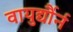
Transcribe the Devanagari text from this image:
वायुर्द्यौर्न